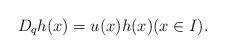
LaTeX: \begin{align*} D_q h(x)= u(x) h(x) (x \in I).\end{align*}